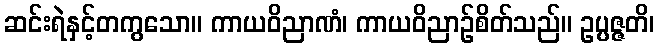
ဆင်းရဲနှင့်တကွသော။ ကာယဝိညာဏံ၊ ကာယဝိညာဉ်စိတ်သည်။ ဥပ္ပဇ္ဇတိ၊